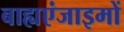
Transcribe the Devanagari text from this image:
बाह्यएंजाइमों